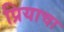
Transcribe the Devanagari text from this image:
प्रियाचा